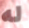
له